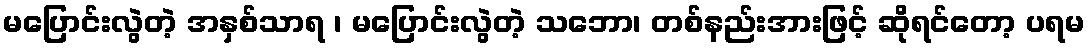
မပြောင်းလွဲတဲ့ အနှစ်သာရ ၊ မပြောင်းလွဲတဲ့ သဘော၊ တစ်နည်းအားဖြင့် ဆိုရင်တော့ ပရမ